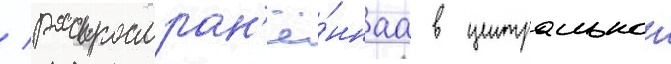
/ распростран'ё́ннаа в центральнои